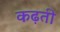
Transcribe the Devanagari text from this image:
कढ़ती